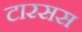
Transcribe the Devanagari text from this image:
टारसस